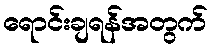
ရောင်းချရန်အတွက်